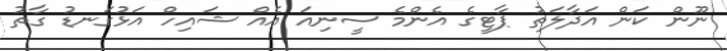
ނޫން ކަން އަދާލަތު ޕާޓީގެ އެންމެ ސީނިއަ އެއް ޝައިހް އަޅުގަނޑު ގާތު